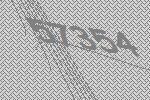
57354